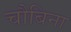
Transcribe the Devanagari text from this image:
चौबिना